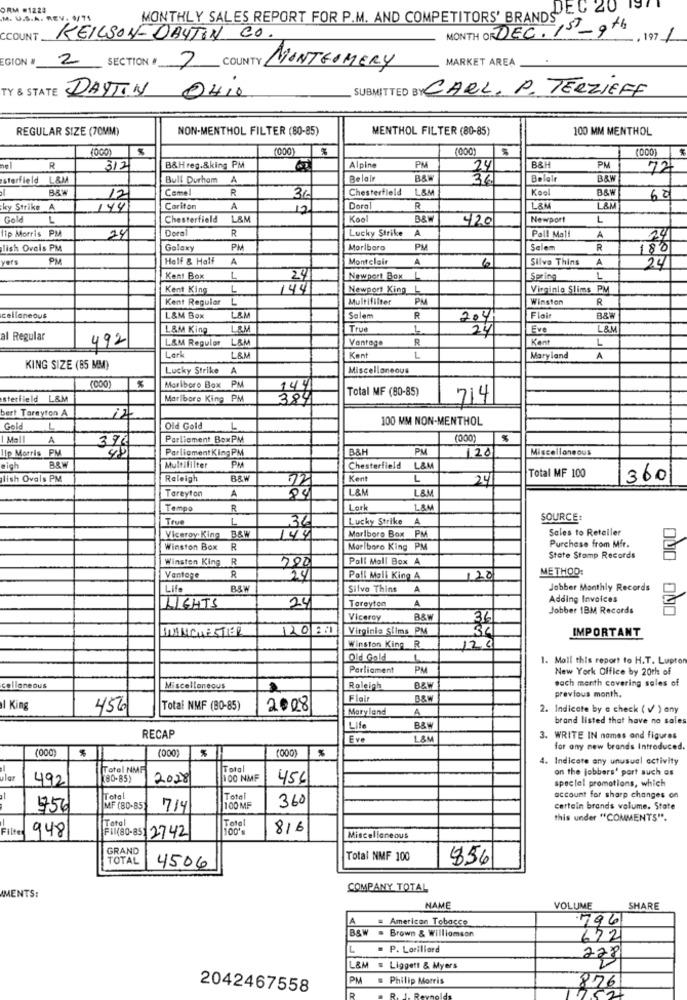
ORM #1223
DEC 20
M. U.S.A. REV.
MONTHLY SALES REPORT FOR P.M. AND COMPETITORS' BRANDS"
MONTH OF DEC. 15_9th
CCOUNT
KEILSON-DAYTON CO.
, 197 1
EGION #
COUNTY
MARKET AREA
2 SECTION * 7
MONTGOMERY
TY & STATE DAYTIN
SUBMITTED BY CARL. P. TERZIEFF
OHio
REGULAR SIZE (70MM)
NON-MENTHOL FILTER (80-85)
MENTHOL FILTER (80-85)
100 MM MENTHOL
(000)
nel
R
3121
B&Hreg.&king PM
Alpine
PM
24
B&H
PM
72
sterfield L&M
Bull Durham
A
Belair
B&W
36
Belair
B&W
Come
R
Chesterfield L&M
Koel
B&W
12
36
62
ky Strike
144
Cariton
A
12
Doral
R
L&M
LA
Gole
L
Chesterfield
L&M
Kool
420
Newport
L
ip Morris PM
Doral
R
Lucky Strike A
24
Pall Mall
A
24
lish Ovals PM
Galaxy
PM
Marlboro
PM
Salem
R
180
vers
PM
Half & Half
A
Montclair
A
6
Silva Thins
A
24
Kent Box
L
24
Newport Box L
Spring
L
Kent King
L
144
Newport King L
Virginio Slims PM
Kent Regular L
Multifilter
Winston
R
cellaneous
L&M Box
L&M
Salem
R
204
Flair
L&M King
LAM
True
24
Eve
L&M
al Regular
L&M Reguler
LAM
Vantage
R
Kent
L
492
Lark
L&M
Kent
L
Maryland
A
KING SIZE (85 MM)
Lucky Strike
A
Miscellaneous
(000)
%
Mariboro Box PM
144
Total MF (80-85)
sterfield L&M
Marlbore King PM
714
bert Tarayton A
100 MM NON-MENTHOL
Gold
L
Old Gold
1
A
376
Parliament BoxPM
(000)
48
Parliament King PM
B&H
PU
120
Miscellaneous
lip Morris PM
igh
BRW
Multifilter
PM
Chesterfield
L&M
Total MF 100
lish Ovals PM
Raleigh
B&W
Kent
L
24
360
Tareyton
12
L&M
L&M
A
Tempo
R
Lark
L&M
True
L
34
Lucky Strike
A
SOURCE:
PM
Sales to Retailer
Viceroy King
B&W
144
Marlboro Box P
Purchase from Mir.
Winston Box
R
Marlboro King PM
Winsten King R
200
Pall Mall Box A
State Stomp Records
METHOD:
Vantage
R
24
Poll Moll King A
120
Life
B&W
Silvo Thins A
Jobber Monthly Records
24
A
Adding Invoices
LIGHTS
Tareyton
Jobber IBM Records
Viceroy
B&W
36
MANCHESTER
1200
Virginie Slims PM
36
IMPORTANT
Winston King_R
120
Old Gold
1
1. Moll this report to H.T. Lupton
Parliament
PM
New York Office by 20th of
each month covering sales of
cellaneous
Miscellaneous
Roleigh
B&w
Flair
B&W
previous month.
l King
456
Total NMF (80-85)
2008
Maryland
A
2. Indicate by a check ( v ) any
brand listed that have no sales
Life
B&W
RECAP
Eve
L&M
3. WRITE IN names and figures
(000
(000)
%
for any new brands Introduced.
4. Indicate any unusual activity
Total NMF
Total
on the jobbers' port such as
lar
492
80-85)
2028
00 NMF
456
special promotions, which
Total
Total
360
account for sharp changes on
1756
MF (BD-85)
714
100 MF
certain brands volume. State
Total
this under "COMMENTS".
Filter
948
816
Fil(80-85) 2742
Miscellaneous
GRAND
TOTAL
Total NMF 100
856
4506
COMPANY TOTAL
AMENTS:
NAME
VOLUME
SHARE
A = American Tobacco
796
B&W = Brown & Williamson
672
L = P. Lorillard
228
L&M = Liggett & Myers
PM = Philip Morris
876
2042467558